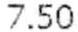
7.50